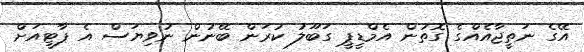
އޭގެ ނަތީޖާއެއްގެ ގޮތުން އެމްޑީޕީ ގަބޫލު ކުރަން ބޭނުން ނުވިޔަސް އެ ޕާޓީއަށް